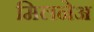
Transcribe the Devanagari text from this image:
मिलनेअ